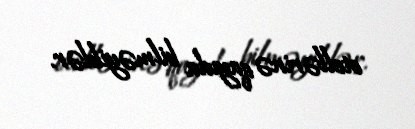
otellərinə qayıda bilməyiblər.